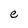
Character: e